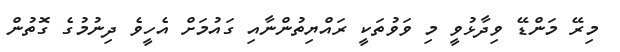
މިރޭ މަންޑޭ ވިދާޅުވީ މި ވަވުތަކީ ރައްޔިތުންނާއި ގައުމަށް އެހީވެ ދިނުމުގެ ގޮތުން